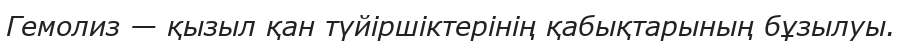
Гемолиз — қызыл қан түйіршіктерінің қабықтарының бұзылуы.